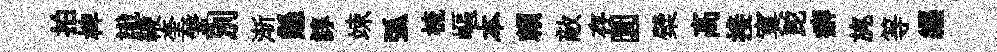
拍椑識鞭奎鞶別渐懸諄竦弧梳嶇本賴敵存圜檗髙接寞跎癖旄等纒